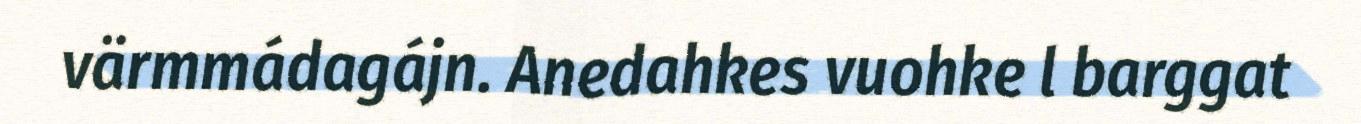
värmmádagájn. Anedahkes vuohke l barggat